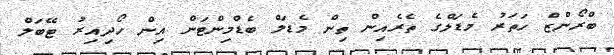
ބްރޯންޒް ހަތަރު މެޑަލްގެ ތެރެއިން ތިން މެޑަލް ބެޑްމިންޓަން އިން ހޯދިއިރު ޓޭބަލް